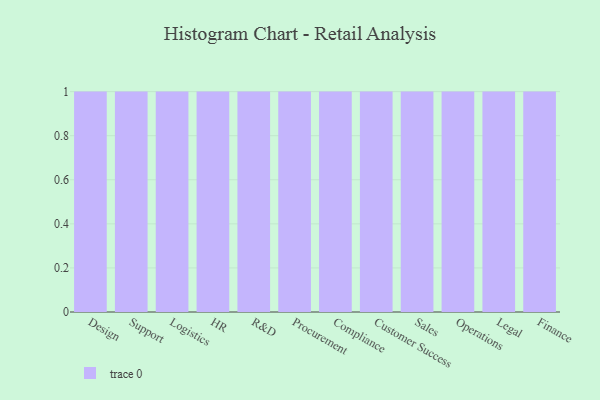
{"axis": {"x": "Department", "y": "Latency (ms)"}, "legend": [""], "data": [{"x": "Design", "y": 14, "type": ""}, {"x": "Support", "y": 18, "type": ""}, {"x": "Logistics", "y": 13, "type": ""}, {"x": "HR", "y": 46, "type": ""}, {"x": "R&D", "y": 46, "type": ""}, {"x": "Procurement", "y": 58, "type": ""}, {"x": "Compliance", "y": 35, "type": ""}, {"x": "Customer Success", "y": 15, "type": ""}, {"x": "Sales", "y": 72, "type": ""}, {"x": "Operations", "y": 100, "type": ""}, {"x": "Legal", "y": 5, "type": ""}, {"x": "Finance", "y": 43, "type": ""}]}